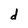
Character: d